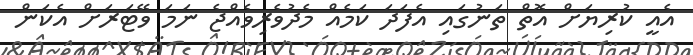
އެއީ ކުރިޔަށް އޮތް ތަނުގައި އެފަދަ ކަމެއް މެދުވެރިވެއްޖެ ނަމަ ވޭޓަރަށް އެކަން